Insane asylums Bombay 1873-77 - 1873-1877
Year: 1873
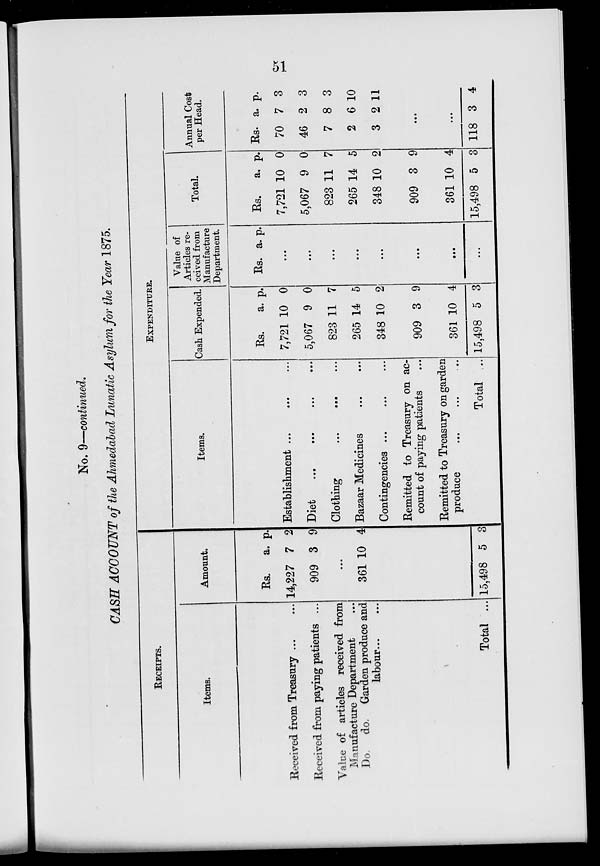
51
No. 9—continued.
CASH ACCOUNT of the Ahmedabad Lunatic Asylum for the Year 1875.
RECEIPTS.
Items.
Received from Treasury ... ...
Received from paying patients ...
Value of articles received from
Manufacture Department ...
Do. do. Garden produce and
labour...
Total ...
Amount.
Rs.
14,227
909
a.
7
3
p.
2
9
...
361 10 4
15,498 5 3
EXPENDITURE.
Items.
Establishment ...
...
Diet
...
...
...
...
Clothing
...
...
Bazaar Medicines
...
...
Contingencies
...
...
...
Remitted to Treasury on ac-
count of paying patients ...
Remitted to Treasury on garden
produce
...
...
...
Total ...
Cash Expended.
Rs.
7,721
5,067
823
265
348
909
361
15,498
a.
10
9
11
14
10
3
10
5
p.
0
0
7
5
2
9
4
3
Value of
Articles re-
ceived from
Manufacture
Department.
Rs. a. p.
...
...
...
...
...
...
...
...
Total.
Rs.
7,721
5,067
823
265
348
909
361
15,498
a.
10
9
11
14
10
3
10
5
p.
0
0
7
5
2
9
4
3
Annual Cost
per Head.
Rs.
70
46
7
2
3
a.
7
2
8
6
2
p.
3
3
3
10
11
...
...
118 3 4